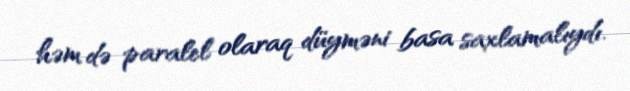
həm də paralel olaraq düyməni basa saxlamalıydı.